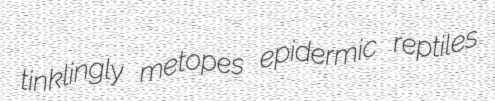
tinklingly metopes epidermic reptiles